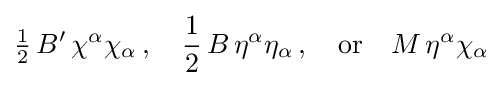
{\tfrac {1}{2}}\,B'\,\chi ^{\alpha }\chi _{\alpha }\,,\quad {\frac {1}{2}}\,B\,\eta ^{\alpha }\eta _{\alpha }\,,\quad \mathrm {or} \quad M\,\eta ^{\alpha }\chi _{\alpha }